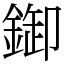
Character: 𨨶